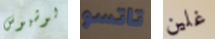
لوشيوس تاتسو غلين